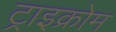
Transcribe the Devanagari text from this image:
ट्राइक्रोम